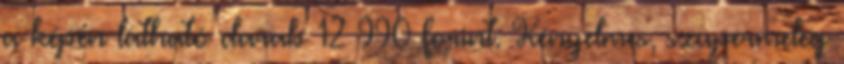
a képen látható darab 12 990 forint. Kényelmes, szupermeleg